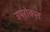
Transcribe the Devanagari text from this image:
उपरोकत